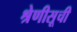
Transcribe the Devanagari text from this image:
श्रेणीसूची